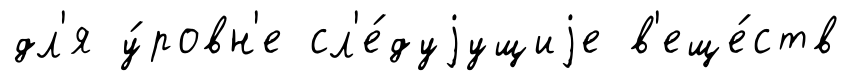
дл'я у́ровн'е сл'е́дуjущиjе в'еще́ств